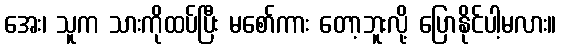
အေး၊ သူက သားကိုထပ်ပြီး မစော်ကား တော့ဘူးလို့ ပြောနိုင်ပါ့မလား။